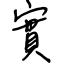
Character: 實